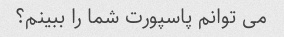
می توانم پاسپورت شما را ببینم؟